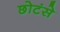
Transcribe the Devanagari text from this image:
छोटंसे